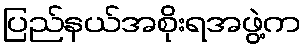
ပြည်နယ်အစိုးရအဖွဲ့က